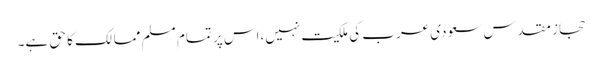
حجاز مقدس سعودی عرب کی ملکیت نہیں،اس پر تمام مسلم ممالک کا حق ہے۔